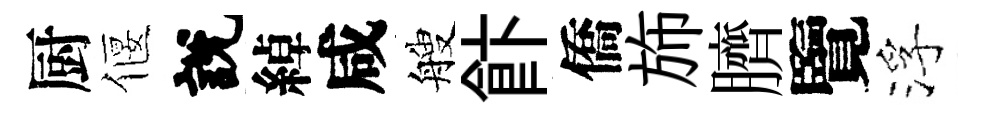
厨偃說綽咸艘飰僑斾臍覽浮